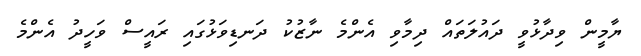
ޔާމީން ވިދާޅުވީ ދައުލަތައް ދިމާވި އެންމެ ނާޒުކު ދަނޑިވަޅުގައި ރައީސް ވަހީދު އެންމެ